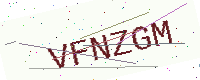
Text: VFNZGM